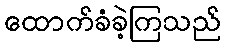
ထောက်ခံခဲ့ကြသည်